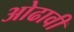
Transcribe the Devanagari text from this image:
ओढावी